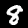
Digit: 8